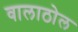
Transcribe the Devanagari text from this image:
वालाठोल